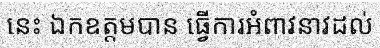
នេះ ឯកឧត្តមបាន ធ្វើការអំពាវនាវដល់